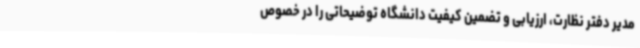
مدیر دفتر نظارت، ارزیابی و تضمین کیفیت دانشگاه توضیحاتی را در خصوص